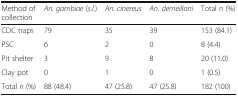
<table><thead><tr><td><b>Method of collection</b></td><td><b><i>An. gambiae</i> (<i>s.l.</i>)</b></td><td><b><i>An. cinereus</i></b></td><td><b><i>An. demeilloni</i></b></td><td><b>Total <i>n</i> (%)</b></td></tr></thead><tbody><tr><td>CDC traps</td><td>79</td><td>35</td><td>39</td><td>153 (84.1)</td></tr><tr><td>PSC</td><td>6</td><td>2</td><td>0</td><td>8 (4.4)</td></tr><tr><td>Pit shelter</td><td>3</td><td>9</td><td>8</td><td>20 (11.0)</td></tr><tr><td>Clay pot</td><td>0</td><td>1</td><td>0</td><td>1 (0.5)</td></tr><tr><td>Total <i>n</i> (%)</td><td>88 (48.4)</td><td>47 (25.8)</td><td>47 (25.8)</td><td>182 (100)</td></tr></tbody></table>